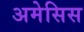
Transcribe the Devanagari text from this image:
अमेसिस